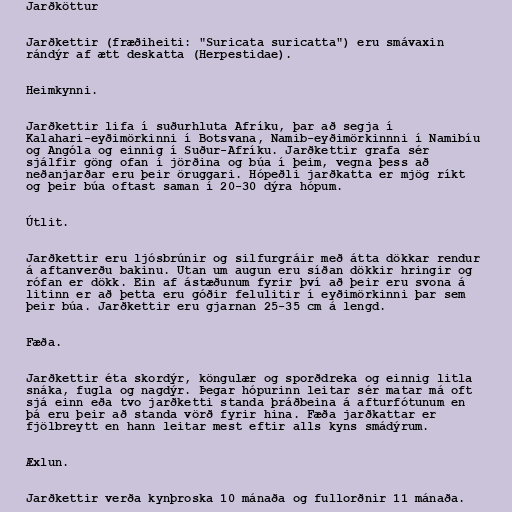
Jarðköttur

Jarðkettir (fræðiheiti: "Suricata suricatta") eru smávaxin
rándýr af ætt deskatta (Herpestidae).

Heimkynni.

Jarðkettir lifa í suðurhluta Afríku, þar að segja í
Kalahari-eyðimörkinni í Botsvana, Namib-eyðimörkinnni í Namibíu
og Angóla og einnig í Suður-Afríku. Jarðkettir grafa sér
sjálfir göng ofan í jörðina og búa í þeim, vegna þess að
neðanjarðar eru þeir öruggari. Hópeðli jarðkatta er mjög ríkt
og þeir búa oftast saman í 20-30 dýra hópum.

Útlit.

Jarðkettir eru ljósbrúnir og silfurgráir með átta dökkar rendur
á aftanverðu bakinu. Utan um augun eru síðan dökkir hringir og
rófan er dökk. Ein af ástæðunum fyrir því að þeir eru svona á
litinn er að þetta eru góðir felulitir í eyðimörkinni þar sem
þeir búa. Jarðkettir eru gjarnan 25-35 cm á lengd.

Fæða.

Jarðkettir éta skordýr, köngulær og sporðdreka og einnig litla
snáka, fugla og nagdýr. Þegar hópurinn leitar sér matar má oft
sjá einn eða tvo jarðketti standa þráðbeina á afturfótunum en
þá eru þeir að standa vörð fyrir hina. Fæða jarðkattar er
fjölbreytt en hann leitar mest eftir alls kyns smádýrum.

Æxlun.

Jarðkettir verða kynþroska 10 mánaða og fullorðnir 11 mánaða.